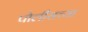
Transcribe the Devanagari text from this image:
पोलीसच्या